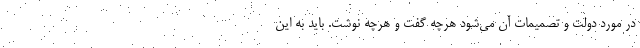
در مورد دولت و تصمیمات آن می‌شود هرچه گفت و هرچه نوشت. باید به این